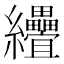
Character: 𦈅